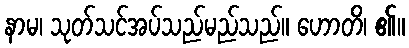
နာမ၊ သုတ်သင်အပ်သည်မည်သည်။ ဟောတိ၊ ၏။